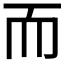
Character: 而